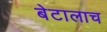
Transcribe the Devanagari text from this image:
बेटालाच